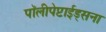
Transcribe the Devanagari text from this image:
पॉलीपेप्टाईड्सना